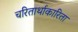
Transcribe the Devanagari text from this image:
चरितार्थाकारिता